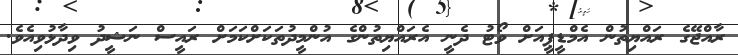
ރާއްޖޭގެ ރައްޔިތުން އެމްޑީޕީއަށް ވޯޓު ދެނީ އެރައްޔިތުންގެ އުންމީދުތަކަށްކަމަށް ރައީސް ނަޝީދު ވިދާޅުވިއެވެ.